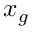
x _ { g }